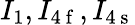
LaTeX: I_{1},I_{4\mathrm{~f~}},I_{4\mathrm{~s~}}